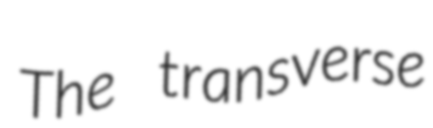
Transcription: The transverse